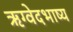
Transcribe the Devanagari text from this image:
ऋग्वेदभाष्य